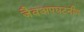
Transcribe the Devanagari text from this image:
जैवअपघटनीय